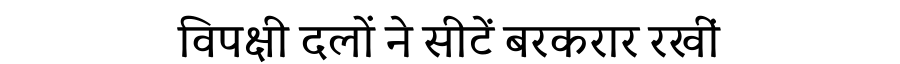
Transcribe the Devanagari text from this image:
विपक्षी दलों ने सीटें बरकरार रखीं